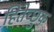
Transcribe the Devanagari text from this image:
हितेच्छुक